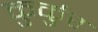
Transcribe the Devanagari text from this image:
कुर्कुर